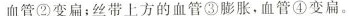
血管②变扁；丝带上方的血管③膨胀，血管④变扁